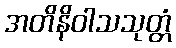
အတိနိဝါသသုတ္တံ